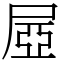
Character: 𡱻